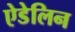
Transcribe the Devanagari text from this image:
ऐडेलिन